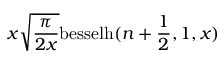
x \sqrt { \frac { \pi } { 2 x } } \mathrm { b e s s e l h } ( n + \frac { 1 } { 2 } , 1 , x )